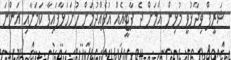
ޝަރީފް ވިދާޅުވީ މުޅިން އަލަށް ދެ ޕާޓީއެއް އުފެއްދުމަށް ހުށަހަޅާފައިވާ ކަމަށާއި އަންނަ